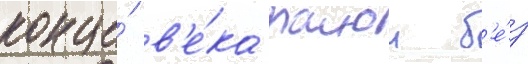
конце́ в'е́ка раион б'е́з